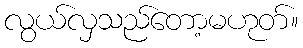
လွယ်လှသည်တော့မဟုတ်။